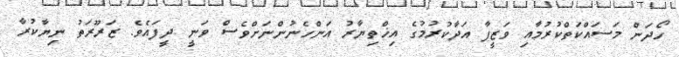
ހޯދަން މަސައްކަތްކުރުމާއި ވަޒީފާ އަދާކުރުމުގެ އިޚްތިޔާރު އަންހެނުންނަށްވެސް ވަނީ ދީފައެވެ. ޒަރޫރަތު ނިޔާކުރާ